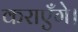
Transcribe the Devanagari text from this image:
कराएँगे।